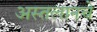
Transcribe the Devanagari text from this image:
अस्तलानचे